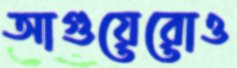
আগুয়েরোও